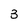
Character: 3